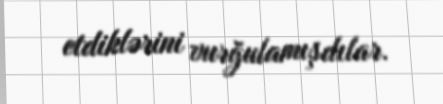
etdiklərini vurğulamışdılar.